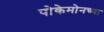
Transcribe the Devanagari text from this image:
पोकेमोनच्या